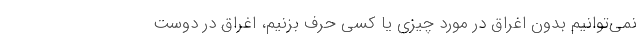
نمی‌توانیم بدون اغراق در مورد چیزی یا کسی حرف بزنیم، اغراق در دوست